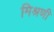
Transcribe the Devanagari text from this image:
मिश्रणी